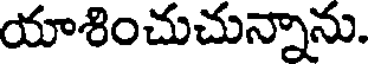
యాశించుచున్నాను.